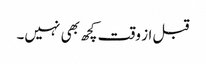
قبل از وقت کچھ بھی نہیں۔